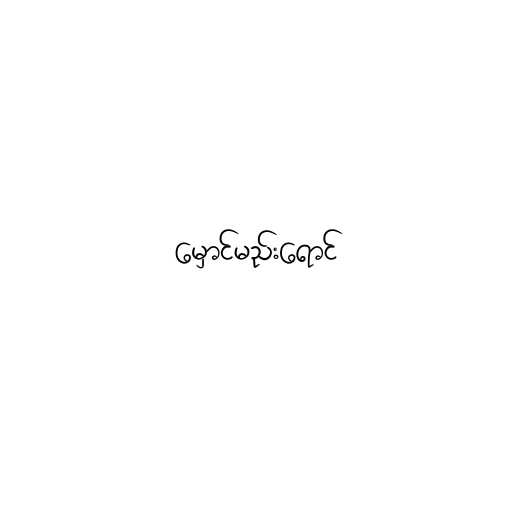
မှောင်မည်းရောင်